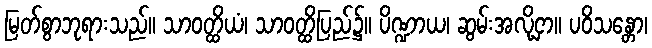
မြတ်စွာဘုရားသည်။ သာဝတ္ထိယံ၊ သာဝတ္ထိပြည်၌။ ပိဏ္ဍာယ၊ ဆွမ်းအလို့ငှာ။ ပဝိသန္တော၊